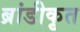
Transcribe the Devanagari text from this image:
ब्रांडीकृत